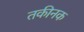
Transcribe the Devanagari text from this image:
तकीनक